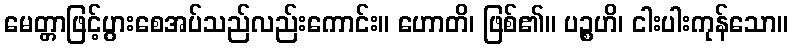
မေတ္တာဖြင့်ပွားစေအပ်သည်လည်းကောင်း။ ဟောတိ၊ ဖြစ်၏။ ပဉ္စဟိ၊ ငါးပါးကုန်သော။